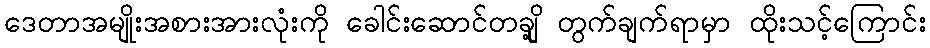
ဒေတာအမျိုးအစားအားလုံးကို ခေါင်းဆောင်တချို့ တွက်ချက်ရာမှာ ထိုးသင့်ကြောင်း